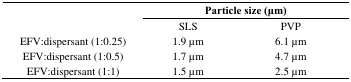
<table><thead><tr><td></td><td colspan="2"><b>Particle size (μm)</b></td></tr></thead><tbody><tr><td></td><td>SLS</td><td>PVP</td></tr><tr><td>EFV:dispersant (1:0.25)</td><td>1.9 μm</td><td>6.1 μm</td></tr><tr><td>EFV:dispersant (1:0.5)</td><td>1.7 μm</td><td>4.7 μm</td></tr><tr><td>EFV:dispersant (1:1)</td><td>1.5 μm</td><td>2.5 μm</td></tr></tbody></table>